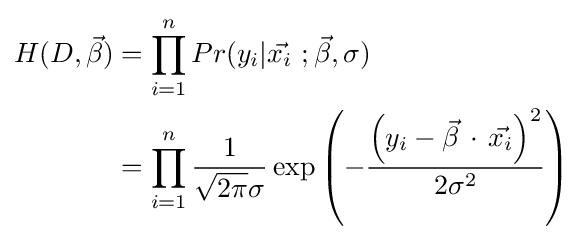
{\begin{aligned}H(D,{\vec {\beta }})&=\prod _{i=1}^{n}Pr(y_{i}|{\vec {x_{i}}}\,\,;{\vec {\beta }},\sigma )\\&=\prod _{i=1}^{n}{\frac {1}{{\sqrt {2\pi }}\sigma }}\exp \left(-{\frac {\left(y_{i}-{\vec {\beta }}\,\cdot \,{\vec {x_{i}}}\right)^{2}}{2\sigma ^{2}}}\right)\end{aligned}}